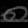
Digit: ၈